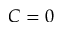
C = 0